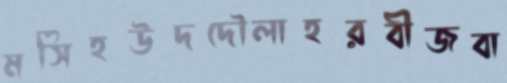
মসিহউদদৌলাহরবীজবা